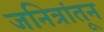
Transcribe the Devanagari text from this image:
जनित्रांतून